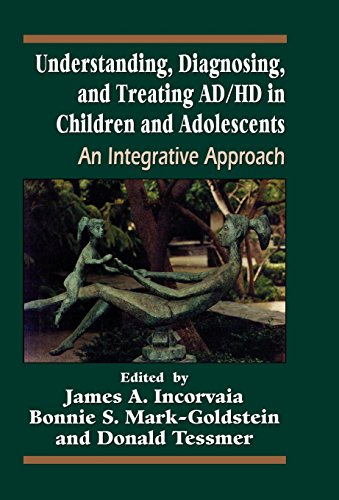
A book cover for Understanding, Diagnosing, and Treating ADHD in Children and Adolescents: An Integrative Approach (Reiss-Davis Child Study Center, Volume 3); Health, Fitness & Dieting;